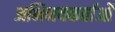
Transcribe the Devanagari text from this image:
अभिनयकर्ताओं